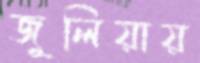
জুলিয়ায়